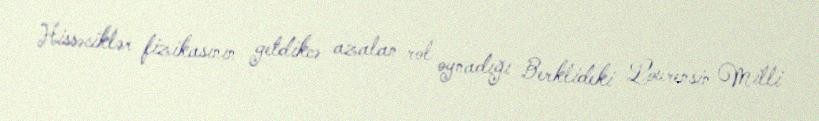
Hissəciklər fizikasının getdikcə azalan rol oynadığı Berklideki Lourensin Milli